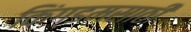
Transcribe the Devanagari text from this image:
किंग्डमसाठी